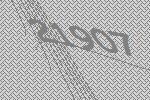
21907